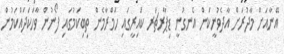
އޭނާއަށް މާދުރަށް އާދެވުނީކަން އެނގުނީ ޑިޕާރޗަރ ކައިރީގައި ހަމްރާމެން ތިބިކަމުގައި ފޯނުން ވާހަކަދައްކަމުން